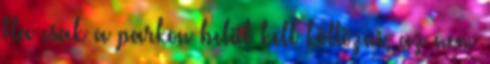
Ha csak a parkon belül kell költözni, az nem